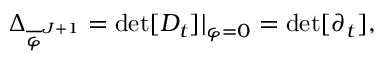
\Delta _ { \overline { { { \varphi } } } ^ { J + 1 } } = \operatorname * { d e t } [ D _ { t } ] | _ { \varphi = 0 } = \operatorname * { d e t } [ \partial _ { t } ] ,